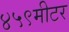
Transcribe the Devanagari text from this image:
४५९मीटर